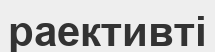
раективті